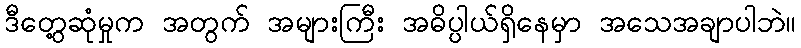
ဒီတွေ့ဆုံမှုက အတွက် အများကြီး အဓိပ္ပါယ်ရှိနေမှာ အသေအချာပါဘဲ။